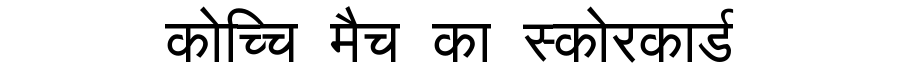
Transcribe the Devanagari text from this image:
कोच्चि मैच का स्कोरकार्ड